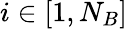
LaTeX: i\in[1,N_{B}]